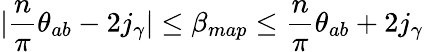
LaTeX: |\frac{n}{\pi}\theta_{ab}-2j_{\gamma}|\leq\beta_{map}\leq\frac{n}{\pi}\theta_{ab}+2j_{\gamma}